Sketch of the medical history of the native army of Bombay, for the year
Year: 1872
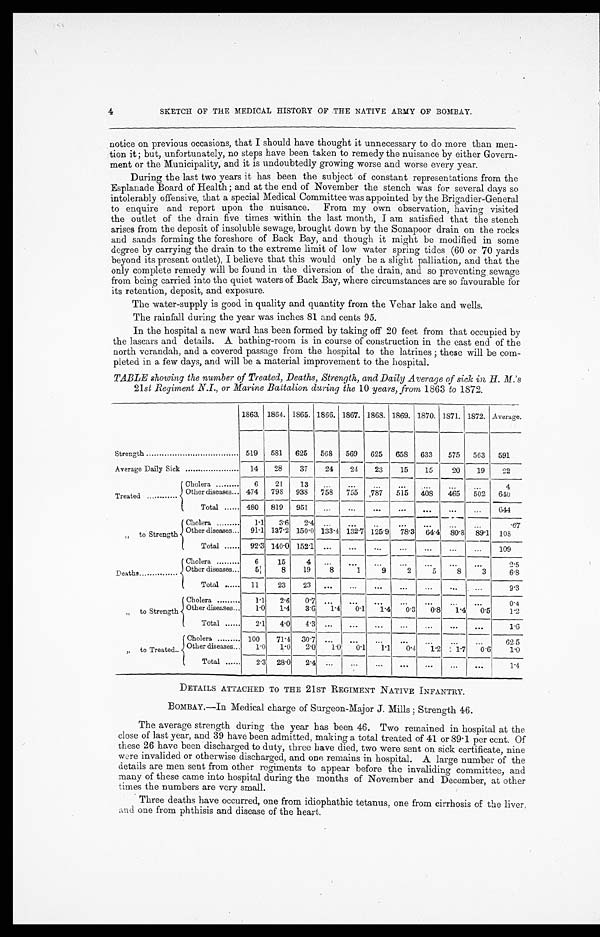
4
SKETCH OF THE MEDICAL HISTORY OF THE NATIVE ARMY OF BOMBAY.
notice on previous occasions, that I should have thought it unnecessary to do more than men
-tion it; but, unfortunately, no steps have been taken to remedy the nuisance by either Govern
-ment or the Municipality, and it is undoubtedly growing worse and worse every year.
During the last two years it has been the subject of constant representations from the
Esplanade Board of Health; and at the end of November the stench was for several days so
intolerably offensive, that a special Medical Committee was appointed by the Brigadier-General
to enquire and report upon the nuisance. From my own observation, having visited
the outlet of the drain five times within the last month, I am satisfied that the stench
arises from the deposit of insoluble sewage, brought down by the Sonapoor drain on the rocks
and sands forming the foreshore of Back Bay, and though it might be modified in some
degree by carrying the drain to the extreme limit of low water spring tides (60 or 70 yards
beyond its present outlet), I believe that this would only be a slight palliation, and that the
only complete remedy will be found in the diversion of the drain, and so preventing sewage
from being carried into the quiet waters of Back Bay, where circumstances are so favourable for
its retention, deposit, and exposure.
The water-supply is good in quality and quantity from the Vehar lake and wells.
The rainfall during the year was inches 81 and cents 95.
In the hospital a new ward has been formed by taking off 20 feet from that occupied by
the lascars and details. A bathing-room is in course of construction in the east end of the
north verandah, and a covered passage from the hospital to the latrines; these will be com-
pleted in a few days, and will be a material improvement to the hospital.
TABLE showing the number of Treated, Deaths, Strength, and Daily Average of sick in, H. M.'s
21st Regiment N.I., or Marine Battalion during the 10 years, from 1863 to 1872.
Strength . . .
1863. 1864. 1865. 1866. 1867. 1868. 1869. 1870. 1871. 1872. Average.
519 581 625 568 569 625 658 633 575 563 591
Average Daily Sick . . .
14 28
37
24 24 23
15 15
20 19
22
Treated . . .
Cholera . . .
6
21
13
. . .
. . .
. . .
. . .
. . .
. . .
. . .
4
Other diseases . . . 474 798 938
7 5 8
7 5 5 787 515 408 465 502 640
Tota . . . 480 819 951
. . .
. . .
. . .
. . .
. . .
. . .
. . .
644
" t o S t r e n g t h
C h o l e r a . . .
1 . 1
3 . 6
2 . 4
. . . . . .
. . .
. . .
. . .
. . . . . .
.67
Other diseases . . . 91.1 137.2 150.0 133.4 132.7 125.9 78.3 6 4 . 4 80.8 89.1 108
Total . . . 92.3 140.0 152.1 . . .
. . .
. . .
. . .
. . .
. . .
. . . 109
Deaths . . .
Cholera
. . . 6
15
4
. . .
. . .
. . .
. . .
. . .
. . .
. . .
2.5
Other diseases . . . 5
8
19
8
1
9
2
5
8
3
6.8
Total
. . . 11
23
23
. . .
. . .
. . .
. . .
. . .
. . .
. . . 9.3
" t o S t r e n g t h
C h o l e r a . . .
1 . 1 2.6
0 . 7 . . .
. . .
. . .
. . .
. . . . . .
. . .
0 . 4
O t h e r d i s e a s e s .
1 . 0
1 . 4
3 . 6
1 . 4
0 . 1 1.. 4 0.3 0.8 1 .4 0.5
1 . 2
Total
. . . 2.1 4.0 4.3 . . .
. . .
. . .
. . . . . . . . . . . .
1.6
" t o
T r e a t e d . . .
C h o l e r a . . . 100 71.4 30.7 . . . . . .
. . . . . .
. . . . . .
. . .
6 2 5
o t h e r d i s e a s e s .
1 . 0
1 . 0
2 . 0
1 . 0
0. 1
1. 1
0 . 4
1. 7 0 . 6
1.0
1.2
Total . . . 2.3 28.0 2.4
_. . .
. . .
. . .
. . .
. . .
. . .
. . .
1.4
DETAILS ATTACHED TO THE 21ST REGIMENT NATIVE INFANTRY.
BOMBAY.—In Medical charge of Surgeon-Major J. Mills; Strength 46.
The average strength during the year has been 46. Two remained in hospital at the
close of last year, and 39 have been admitted, making a total treated of 41 or 89.1 per cent. Of
these 26 have been discharged to duty, three have died, two were sent on sick certificate, nine
were invalided or otherwise discharged, and one remains in hospital. A large number of the
details are men sent from other regiments to appear before the invaliding committee, and
many of these came into hospital during the months of November and December, at other
times the numbers are very small.
Three deaths have occurred, one from idiophathic tetanus, one from cirrhosis of the liver.
and one from phthisis and disease of the heart.